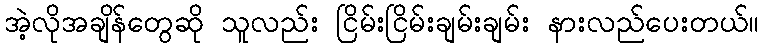
အဲ့လိုအချိန်တွေဆို သူလည်း ငြိမ်းငြိမ်းချမ်းချမ်း နားလည်ပေးတယ်။